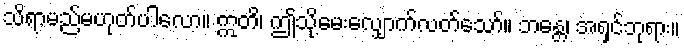
သိရာမည်မဟုတ်ပါလော။ ဣတိ၊ ဤသို့မေးလျှောက်လတ်သော်။ ဘန္တေ၊ အရှင်ဘုရား။